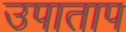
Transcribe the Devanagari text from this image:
उपाताप